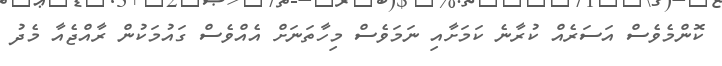
ކޮންމެވެސް އަސަރެއް ކުރާނެ ކަމަށާއި ނަމަވެސް މިހާތަނަށް އެއްވެސް ގައުމަކުން ރާއްޖެއާ މެދު